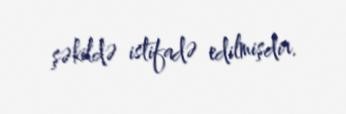
şəkildə istifadə edilmişdir.